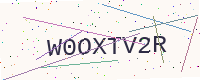
Text: W0OXTV2R